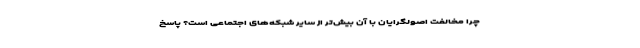
چرا مخالفت اصولگرایان با آن بیش‌تر از سایر شبکه‌های اجتماعی است؟ پاسخ